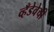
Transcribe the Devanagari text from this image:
व्हँडेवेची